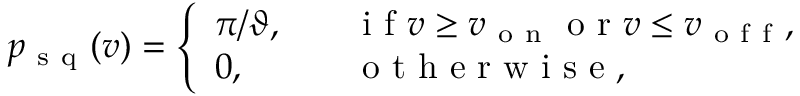
p _ { \mathrm { ~ s ~ q ~ } } ( v ) = \left\{ \begin{array} { l l } { \pi / \vartheta , \quad } & { \mathrm { ~ i ~ f ~ } v \geq v _ { \mathrm { ~ o ~ n ~ } } \mathrm { ~ o ~ r ~ } v \leq v _ { \mathrm { ~ o ~ f ~ f ~ } } , } \\ { 0 , } & { \mathrm { ~ o ~ t ~ h ~ e ~ r ~ w ~ i ~ s ~ e ~ , ~ } } \end{array} \right.